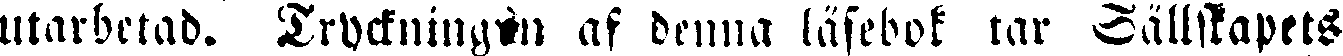
utarbetad. Tryckningen af denna läsebok tar Sällskapets